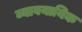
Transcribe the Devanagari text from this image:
व्यावयायिक